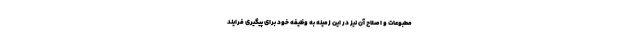
مطبوعات و اصلاح آن نیز در این زمینه به وظیفه خود برای پیگیری فرایند